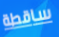
ساقطة